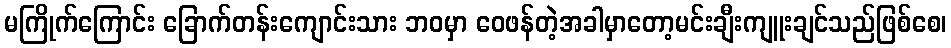
မကြိုက်ကြောင်း ခြောက်တန်းကျောင်းသား ဘဝမှာ ဝေဖန်တဲ့အခါမှာတော့မင်းချီးကျူးချင်သည်ဖြစ်စေ၊